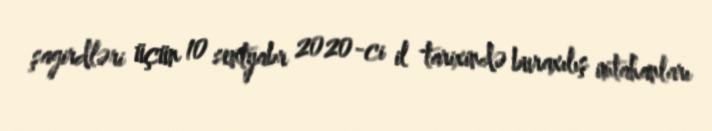
şagirdləri üçün 10 sentyabr 2020-ci il tarixində buraxılış imtahanları